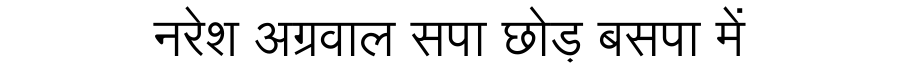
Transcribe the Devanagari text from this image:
नरेश अग्रवाल सपा छोड़ बसपा में